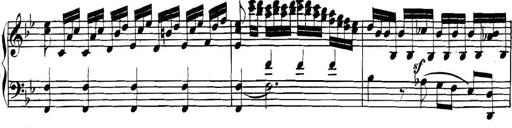
Title: Collected Piano Sonatas
Composer: Muzio Clementi